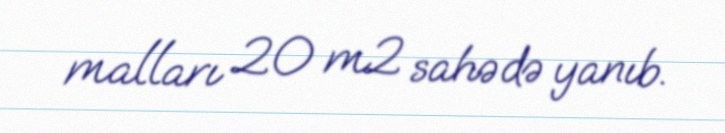
malları 20 m2 sahədə yanıb.